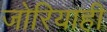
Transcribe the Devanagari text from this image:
जोरियाही